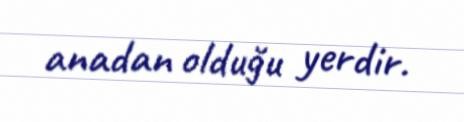
anadan olduğu yerdir.